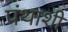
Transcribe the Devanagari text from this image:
पंथाशी